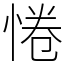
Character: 惓